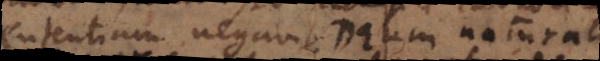
sententiam negavit, Deum naturali